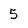
Character: 5